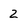
Character: z